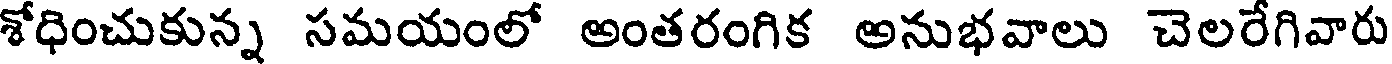
శోధించుకున్న సమయంలో అంతరంగిక అనుభవాలు చెలరేగివారు